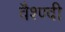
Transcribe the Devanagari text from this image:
वैश्ण्वी